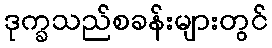
ဒုက္ခသည်စခန်းများတွင်